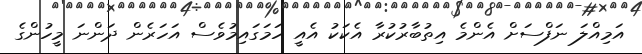
އަމިއްލަ ނަފްސަށް އެންމެ އިތުބާރުކުރާ އެކަކު އެއީ ހަމަގައިމުވެސް އަހަރެން ދަންނަ މީހުންގެ